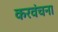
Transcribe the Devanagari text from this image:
करवंचना